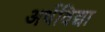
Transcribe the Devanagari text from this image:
अर्थविद्या